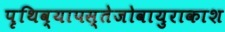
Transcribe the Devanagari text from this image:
पृथिव्यापस्तेजोवायुराकाश